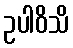
ဥပါဝိသိ